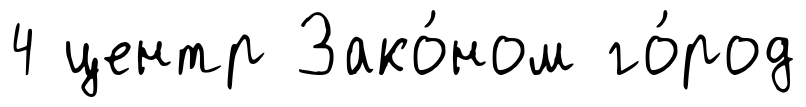
4 центр Зако́ном го́род